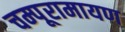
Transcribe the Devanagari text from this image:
चम्पूरामायण